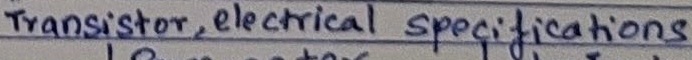
Text: Transistor, electrical specifications